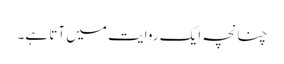
چنانچہ ایک روایت میں آتا ہے۔